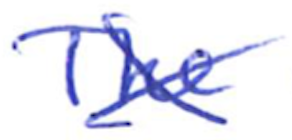
Text: The
Cross-out: cross
Writing tool: ballpoint